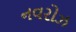
નવરોઝ